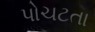
પોચટતા